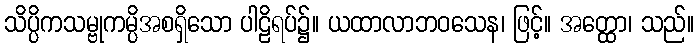
သိပ္ပိကသမ္ဗုကမ္ပိအစရှိသော ပါဠိရပ်၌။ ယထာလာဘဝသေန၊ ဖြင့်။ အတ္ထော၊ သည်။